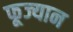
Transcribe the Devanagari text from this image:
फूज्यान